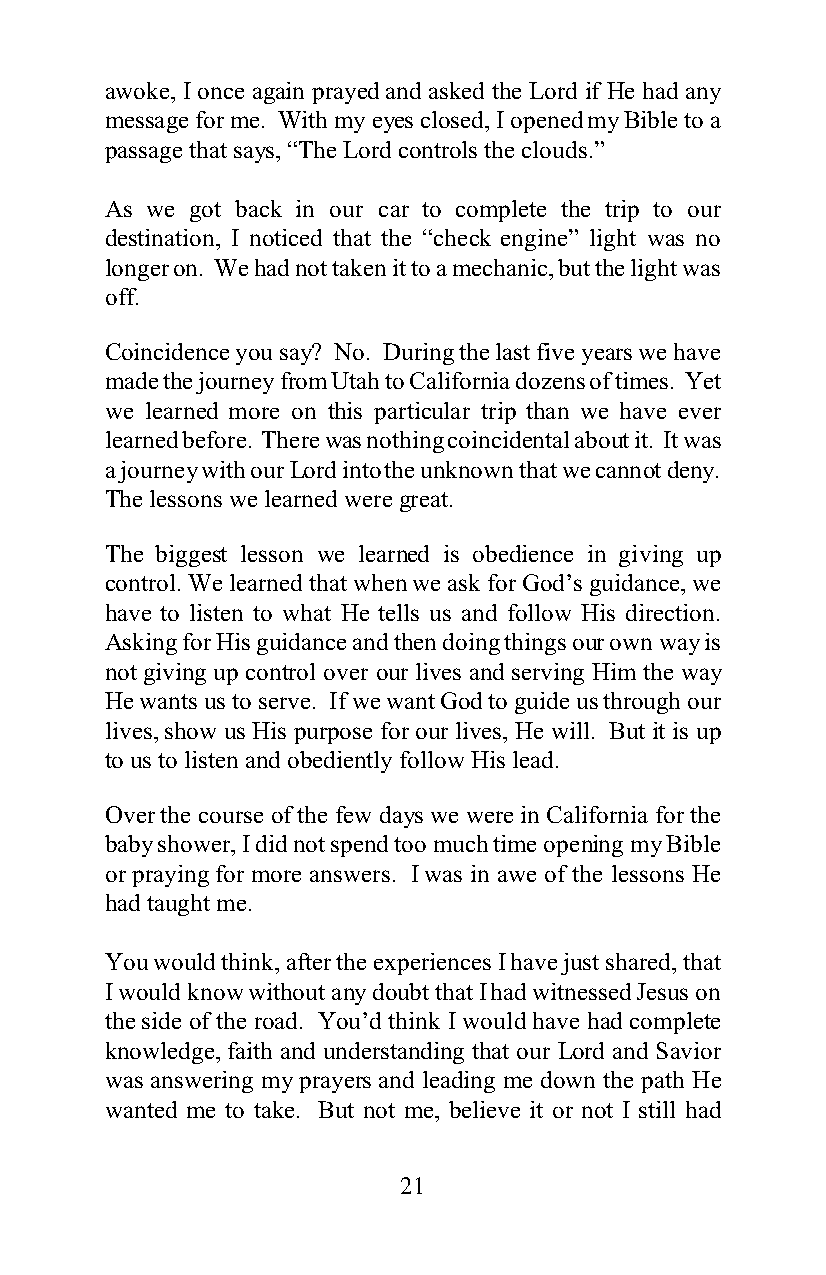
awoke, I once again prayed and asked the Lord if He had any
 message for me. With my eyes closed, I opened my Bible to a
 passage that says, “The Lord controls the clouds.”
 As we got back in our car to complete the trip to our
 destination, I noticed that the “check engine” light was no
 longer on. We had not taken it to a mechanic, but the light was
 off.
 Coincidence you say? No. During the last five years we have
 made the journey from Utah to California dozens of times. Yet
 we learned more on this particular trip than we have ever
 learned before. There was nothing coincidental about it. It was
 a journey with our Lord into the unknown that we cannot deny.
 The lessons we learned were great.
 The biggest lesson we learned is obedience in giving up
 control. We learned that when we ask for God’s guidance, we
 have to listen to what He tells us and follow His direction.
 Asking for His guidance and then doing things our own way is
 not giving up control over our lives and serving Him the way
 He wants us to serve. If we want God to guide us through our
 lives, show us His purpose for our lives, He will. But it is up
 to us to listen and obediently follow His lead.
 Over the course of the few days we were in California for the
 baby shower, I did not spend too much time opening my Bible
 or praying for more answers. I was in awe of the lessons He
 had taught me.
 You would think, after the experiences I have just shared, that
 I would know without any doubt that I had witnessed Jesus on
 the side of the road. You’d think I would have had complete
 knowledge, faith and understanding that our Lord and Savior
 was answering my prayers and leading me down the path He
 wanted me to take. But not me, believe it or not I still had
 21